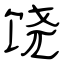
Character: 饶